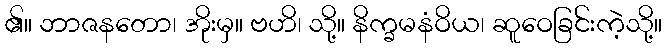
၏။ ဘာဇနတော၊ အိုးမှ။ ဗဟိ၊ သို့။ နိက္ခမနံဝိယ၊ ဆူဝေခြင်းကဲ့သို့။